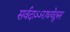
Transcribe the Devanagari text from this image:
सर्वदाऽऽराधयेद्गुरुम्